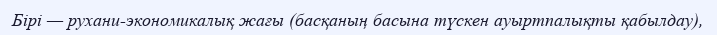
Бірі — рухани-экономикалық жағы (басқаның басына түскен ауыртпалықты қабылдау),